Annual administration report of the Civil Veterinary Department of India - 1898-1899
Year: 1898
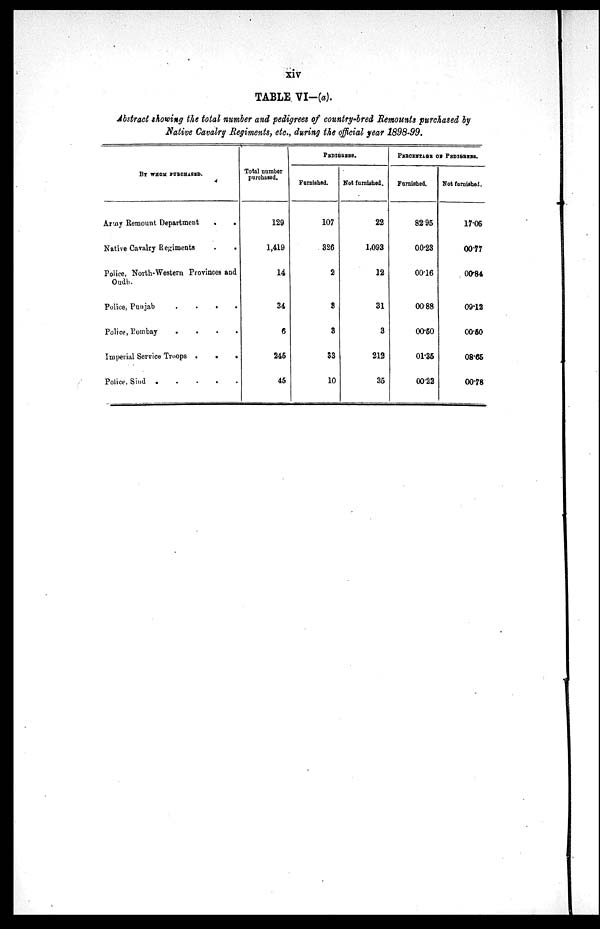
xiv
TABLE VI-(a).
Abstract showing the total number and pedigrees of country-bred Remounts purchased by
Native Cavalry Regiments, etc., during the official year 1898-99.
BY WHOM PURCHASED.
Army Remount Department
.
.
Native Cavalry Regiments . .
Police, North-Western Provinces and
Oudh.
Police, Punjab
.
.
.
.
Police, Bombay
.
.
.
.
Imperial Service Troops .
.
.
Police, Sind .
.
.
.
Total number
purchased.
129
1,419
14
34
6
245
45
PEDIGREES.
Furnished.
107
326
2
3
3
33
10
Not furnished.
22
1,093
12
31
3
212
35
PERCENTAGE OF PEDIGREES.
Furnished.
82.95
00.23
00.16
00.88
00.50
01.35
00.22
Not furnished.
17.05
00.77
00.84
09.12
00.50
08.65
00.78